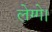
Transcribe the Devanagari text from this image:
लेग्गे।